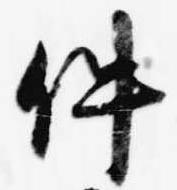
件